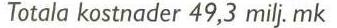
Totala kostnader 49,3 milj. mk